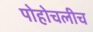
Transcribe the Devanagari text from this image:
पोहोचलीच